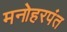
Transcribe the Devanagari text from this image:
मनोहरपंत